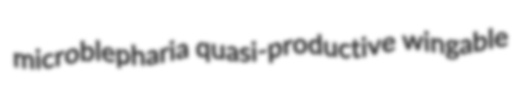
microblepharia quasi-productive wingable